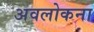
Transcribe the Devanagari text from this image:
अवलोकना